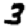
Digit: 3